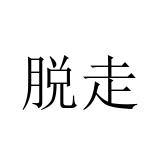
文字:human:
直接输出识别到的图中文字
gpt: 脱走